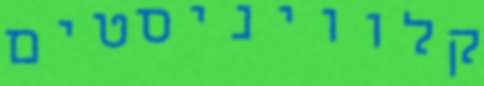
קלוויניסטים